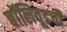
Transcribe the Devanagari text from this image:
बॉलिवूडची